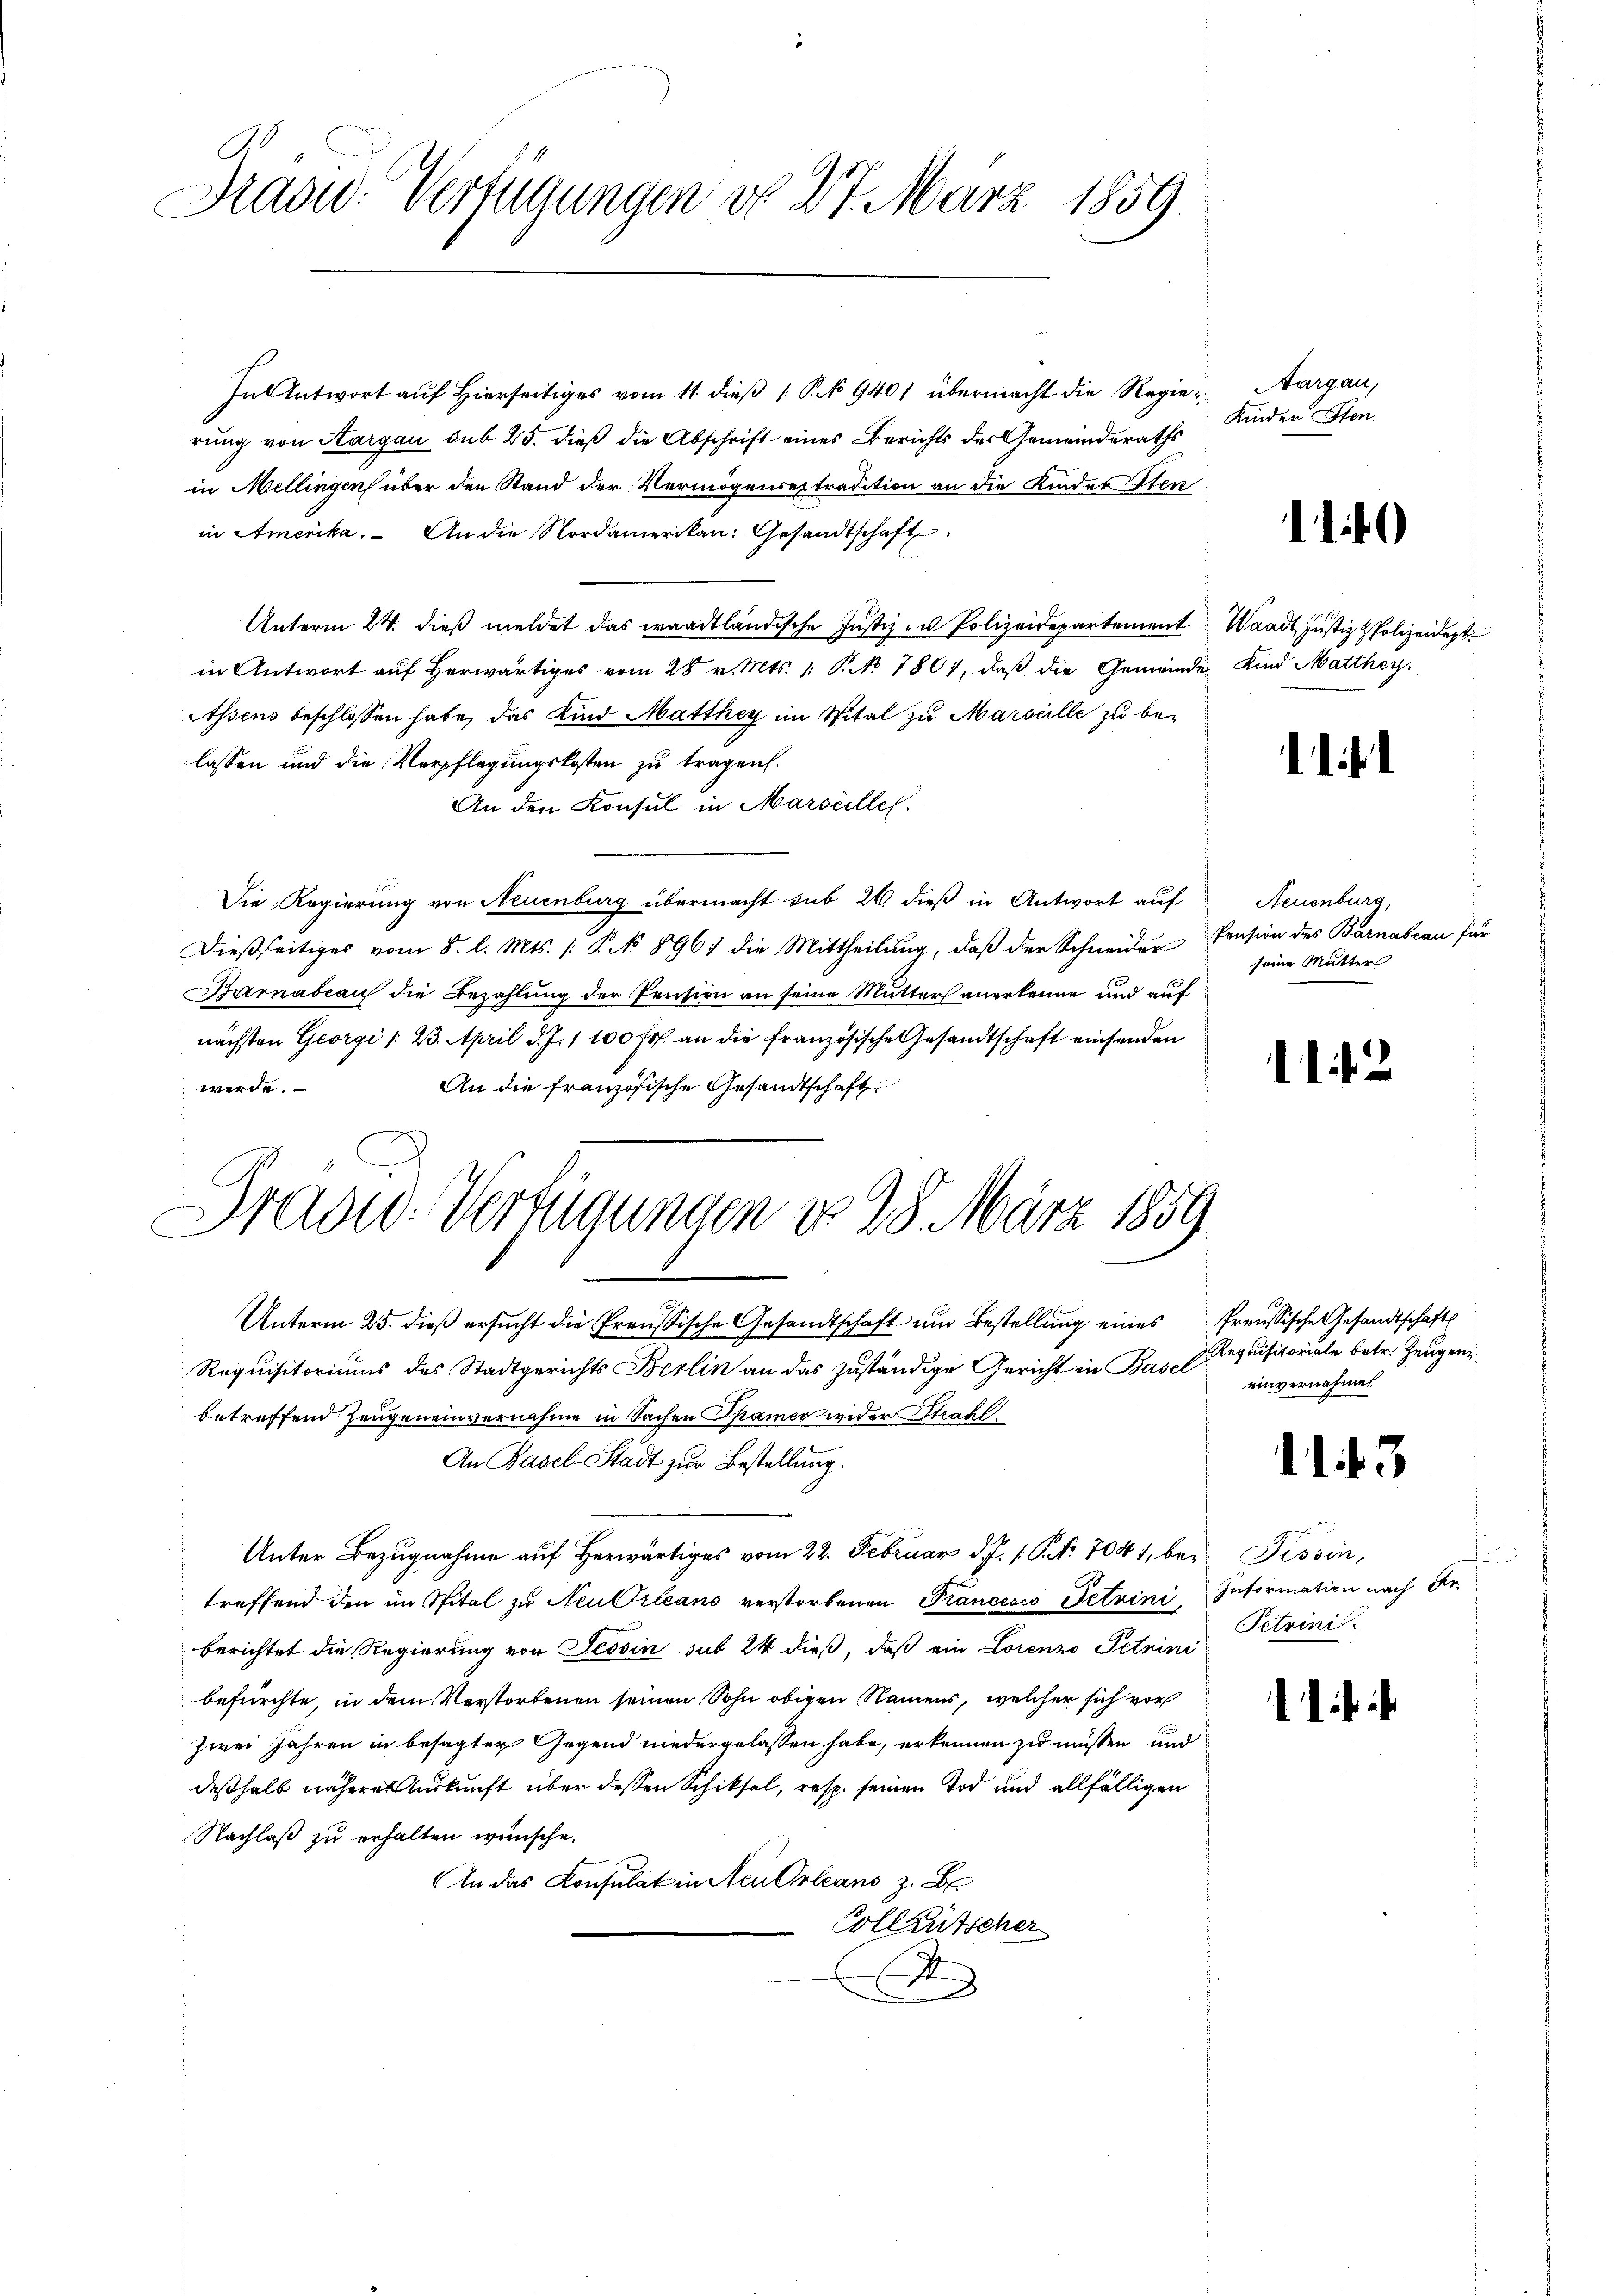
Radw. Verfügungen do 27. März 1859.

In Antwort aŭf hierseitiges vom 11. dieβ (: No 9401 übermacht die Regierung von Aargau sub 25. dieß die Abschrift eines Berichts der Gemeinderaths
in Mellingen über den Stand der Vermögensextradition an die Kinder Iten
in Amerika. An die Nordamerikan: Gesandtschaft
Unterm 24. dieß meldet das waadtländische Justiz- u Polizeidepartement Waadt Justiz & Polizeidept
in Antwort auf Herwärtiges vom 28 v. Mts. 1. P. No 7801, daß die Gemeinde Kind Matthey¬
Assens beschlossen habe, das Kind Matthey im Spital zu Marseille zu be-
lassen und die Verpflegungskosten zu tragen.
An den Konsul in Marseilles.
Die Regierung von Neuenburg übermacht sub 26. dieß in Antwort auf Neuenburg,
Dießseitiges vom 8. l. Mts. 1. P. No 896) die Mittheilŭng, daβ der Schneider Pension des Barnabeau für
Barnabian die Bezahlung der Pension an seine Mutter anerkenne und auf
nächsten Georgi /: 2. April d. Js. 1 100 fr. an die französische Gesandtschaft einsenden
An die französische Gesandtschaft
werde.
Dradid-Verfügungen d. 28. März 1859
Unterm 25. dieß ersucht die Preussische Gesandtschaft und Bestellung eines freussische Gesandtschafts
Requisitoriums des Stadtgerichts Berlin an das zuständige Gericht in Basel
betreffend Zeugeneinvernahme in Sachen Spamer wider Straf
An Basel-Stadt zur Bestellung.
Unter Bezugnahme auf herwärtiges vom 22. Februar d. J. P. Nr. 7041, bei Tessin,
treffend den im Spital zu Neubileans verstorbenen Francesco Petrini Information nach Fr.
berichtet die Regierung von Tessin sub 24 dieß, daß ein Lorenzo Petrini
befürchte, in dem Verstorbenen seinen Sohn obigen Namens, welcher sich vor
zwei Jahren in besagter Gegend niedergelassen habe, erkennen zu müssen und
deßhalb nähere Ankunft über dessen Schiksal, resp. seinen Tod und allfälligen
Nachlaß zu erhalten wünsche.
An das Konsulat in Neu Orleans z. B
Vollkutscher
2

Aargau,
Kinder Sten.

1)

l

seine Mutter

12

Requisitoriale betr. Zeugen.
einvernahmet

1143

f
Petrinit